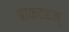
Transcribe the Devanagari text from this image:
प्राकट्यम्